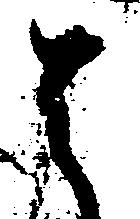
く